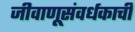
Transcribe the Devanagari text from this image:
जीवाणूसंवर्धकाची